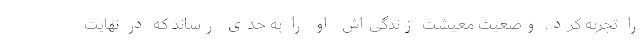
را تجربه کرد. وضعیت معیشت زندگی‌اش او را به حدی رساند که در نهایت